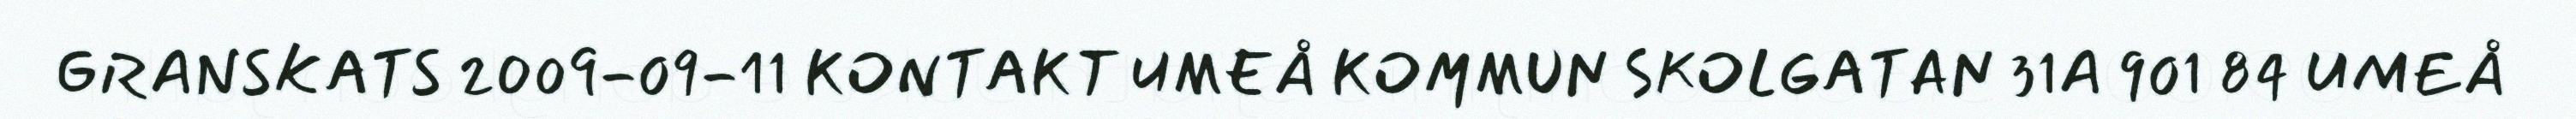
GRANSKATS 2009-09-11 KONTAKT UMEÅ KOMMUN SKOLGATAN 31A 901 84 UMEÅ